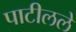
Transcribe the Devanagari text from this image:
पाटीलले